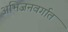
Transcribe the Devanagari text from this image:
अभिजनवर्गात